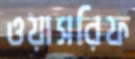
ওয়াসরিফ